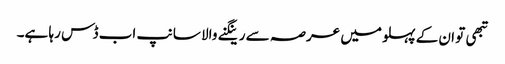
تبھی تو ان کے پہلو میں عرصہ سے رینگنے والا سانپ اب ڈس رہا ہے۔